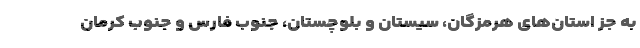
به جز استان‌های هرمزگان، سیستان و بلوچستان، جنوب فارس و جنوب کرمان